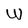
Character: W